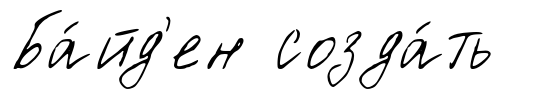
Ба́йд'ен созда́ть